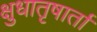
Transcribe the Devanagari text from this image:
क्षुधातृषार्ता